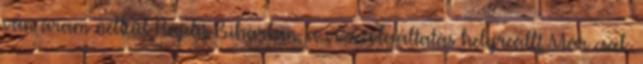
van áram nélkül Hajdú-Biharban, a vízszolgáltatás helyreállt Már csak